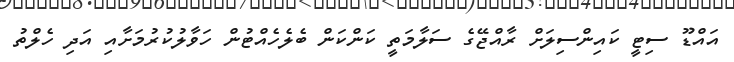
އައްޑޫ ސިޓީ ކައިންސިލަށް ރާއްޖޭގެ ސަލާމަތީ ކަންކަން ބެލެހެއްޓުން ހަވާލުކުރުމަށާއި އަދި ހެލްތު